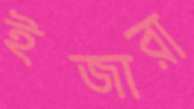
ইজারা